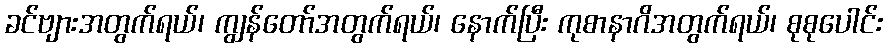
ခင်ဗျားအတွက်ရယ်၊ ကျွန်တော်အတွက်ရယ်၊ နောက်ပြီး ကုစာနာဂိအတွက်ရယ်၊ စုစုပေါင်း